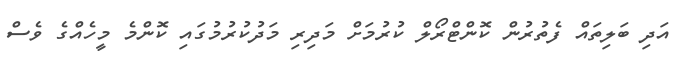
އަދި ބަލިތައް ފެތުރުން ކޮންޓްރޯލް ކުރުމަށް މަދިރި މަދުކުރުމުގައި ކޮންމެ މީހެއްގެ ވެސް